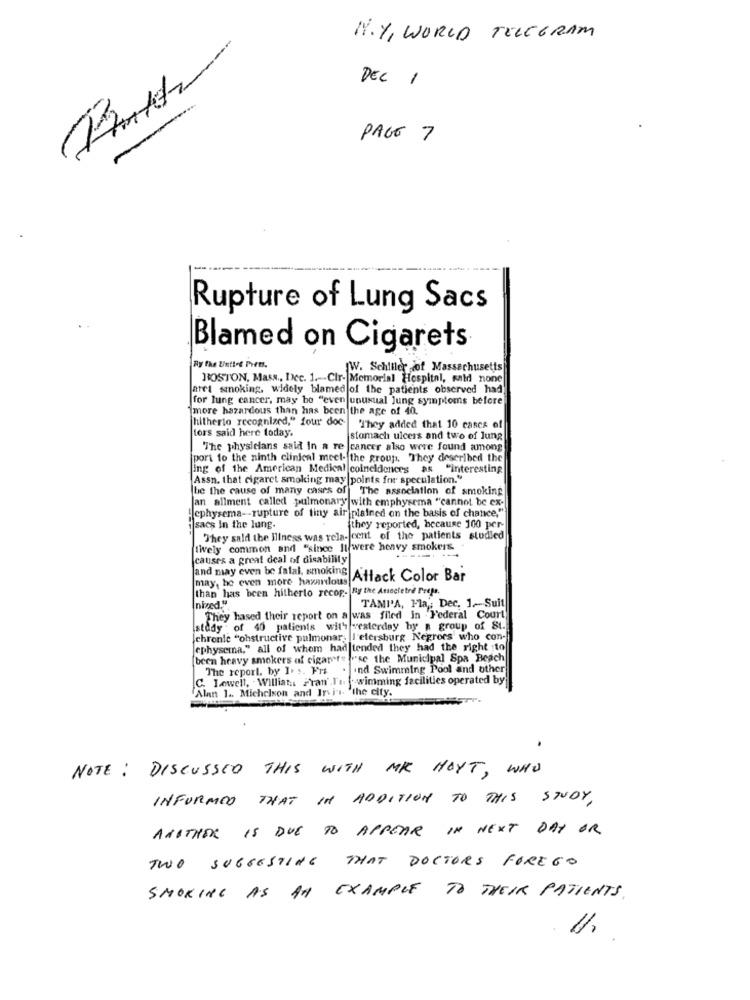
N.Y, WORLD TELEGRAM
DEC 1
PAGE 7
----
Rupture of Lung Sacs
Blamed on Cigarets
By the Unttre ivem.
WW. Schiller dof Massachusetts
BOSTON, Mass ., Dec. 1 .- Cir- Memorial Hospital, wald none
atet smoking, widely blamed of the patients observed had
for lung cancer, may be "even unusual Jung symptoms before
more hazardous than has been the age of 40.
[hitherto recognized," four doc-
tors said here today.
They added that 10 cases of
stomach ulcers and two of lung
"The physicians said In a re |cancer also were found among
port to the ninth clinical meet- the group, They described the
ing of the American Medical coincidences as "interesting
Assn. that cigaret smoking may points for speculation."
be the cause of many cases of The association of smoking
an allment called pulmonary with emphysema "cannot be ex-
cphysema- - rupture of tiny air plained on the basis of chance,"
i sacs In the lung.
they reported, because 100 per-
They sald the Illness was rela- cent of the patients studied
tively common and "since It were heavy smokers.
(causes a great deal of disability
and may even be fatal, smoking
may, he even more haxalous
Attack Color Bar
than has been hitherto recop- Fy the Ansecietre Prefs.
Inized."
TAMI'A, Fla ,; Dec. 1 .- Suit
They hased their report on a was filed in . Federal Court
study of 40 patients with vesterday by a group of St.
(chronic "ohstructive pulmonary I'elersburg Negroes who con-
jephysema," all of whom had tended they had the right :to
(been heavy smokers af cigaret" "se the Municipal Spa Beach
The report, by I. s. Frs . ind Swimming Pool and other
C. Lowell, Williat .. Fran'.It:
swimming facilities operated by
"Alan 1 .. Michelson and Irvis 'the city.
NOTE: DISCUSSED THIS WITH MR HOYT, WHO
INFORMED THAT IN ADDITION TO THIS STUDY,
ANOTHER IS DUE TO APPEAR IN NEXT DAY OR
TWO SUGGESTING THAT DOCTORS FORE GO
SMOKING AS AN EXAMPLE TO THEIR PATIENTS.